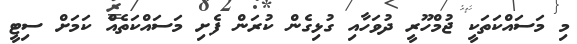
މި މަސައްކަތަކީ ޖުމްހޫރީ ދުވަހާއި ގުޅިގެން ކުރަން ފެށި މަސައްކަތެއް ކަމަށް ސިޓީ